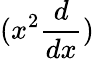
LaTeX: (x^{2}\frac{d}{dx})